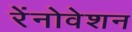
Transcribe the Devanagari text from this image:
रेंनोवेशन